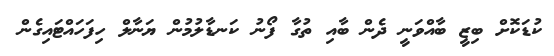
ކުޑަކޮށް ބިޒީ ބާއްވަނީ ދެން ބާއި ތުގާ ފޯނު ކަނޑާލުމުން ޔަނާލް ހިފަަހައްޓައިގެން